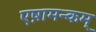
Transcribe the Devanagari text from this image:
एष़ामन्कम्